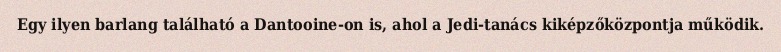
Egy ilyen barlang található a Dantooine-on is, ahol a Jedi-tanács kiképzőközpontja működik.